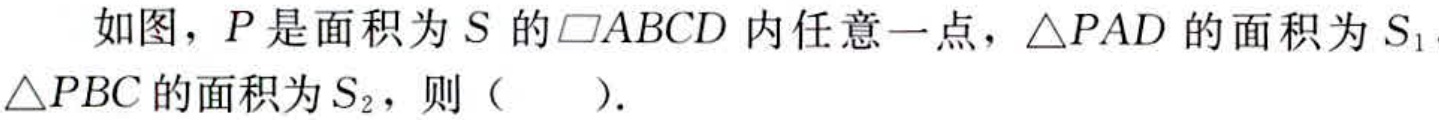
如图，\(P\)是面积为\(S\)的\(\square ABCD\)内任意一点，\(\triangle PAD\)的面积为\(S_{1}\)，\(\triangle PBC\)的面积为\(S_{2}\)，则（  ）.